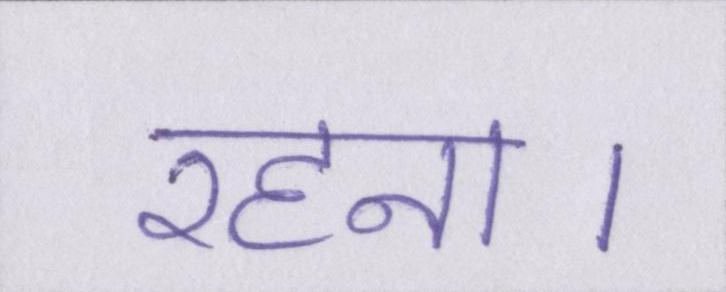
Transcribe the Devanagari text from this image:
रहना।